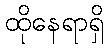
ထိုနေရာရှိ